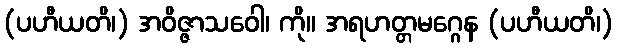
(ပဟီယတိ၊) အဝိဇ္ဇာသဝေါ၊ ကို။ အရဟတ္တမဂ္ဂေန (ပဟီယတိ၊)